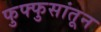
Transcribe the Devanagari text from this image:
फुफ्फुसांतून